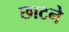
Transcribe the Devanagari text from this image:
छाटने